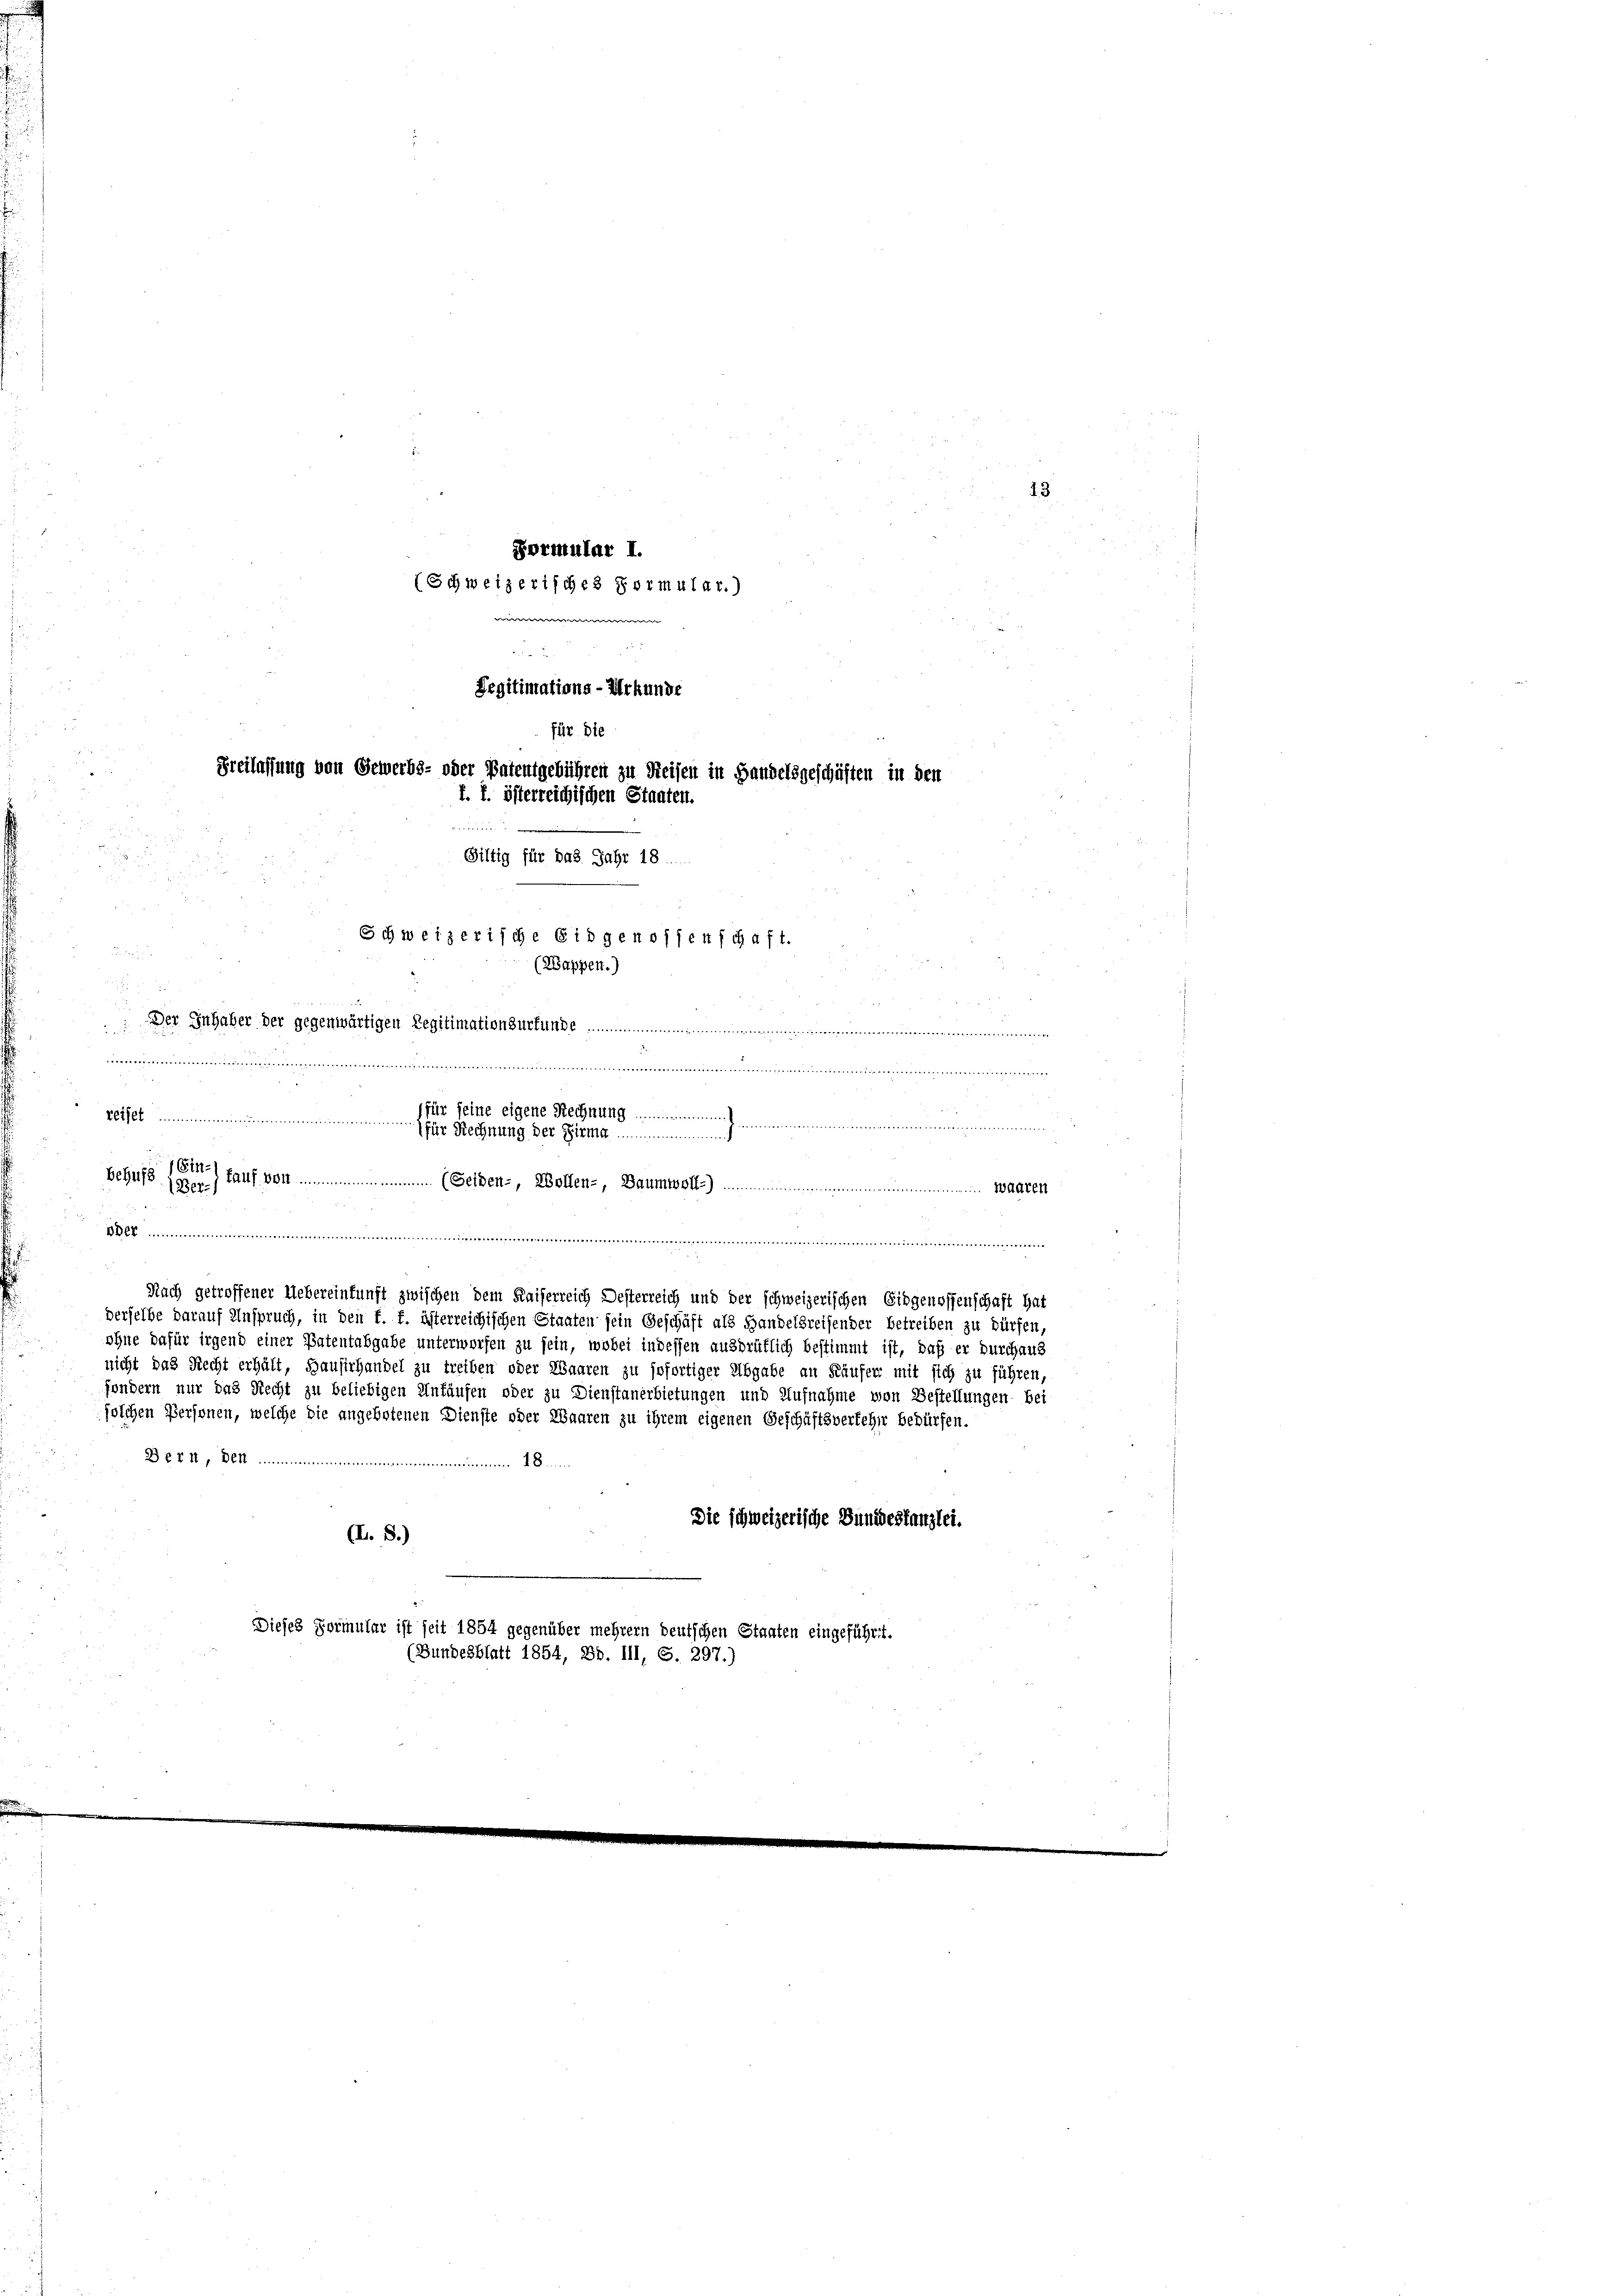
Formular I.
(Schweizerisches Formular.)

für die
Freilassung von Gewerbs- oder Patentgebühren zu Reisen in Handelsgeschäften in den
f. E. österreichischen Staaten.

Giltig für das Jahr 18
Schweizerische Eidgenossenschaft.
S
(Wappen.)

 Der Inhaber der gegenwärtigen Regitimationsurkunde .............
treitigen der einer erweis die in einen einen wäre eine
für seine eigene Rechnung
Veter Regung der
Behufs der auf von ....................... (Felden, Wollenz, Baumwolle ......................................... Waaren

Pegitimations-Urkunde

5

.

da er werde bei
Bas
SACC ..................................................................
dt e g t i n g t
Nach getroffener Uebereinkunft zwischen dem Kaiserreich Desterreich und der schweizerischen Eidgenossenschaft hat
derselbe darauf Anspruch, in den f. f. österreichischen Staaten sein Geschäft als Handelsreisender betreiben zu dürfen,
ohne dafür irgend einer Patentabgabe unterworfen zu sein, wobei indessen ausdrüklich bestimmt ist, daß er durchaus
nicht das Recht erhält, Hausirhandel zu treiben oder Waaren zu sofortiger Abgabe an Käufen mit sich zu führen,
sondern nur das Recht zu beliebigen Unfäufen oder zu Dienstanerbietungen und Aufnahme von Bestellungen bei
solchen Personen, welche die angebotenen Dienste oder Waaren zu ihrem eigenen Geschäftsverfehr bedürfen.
Bern, Demm.......................................................
Die schweizerische Bundestanzlei.
(II. S.)
Dieses Formular ist seit 1854 gegenüber mehrern deutschen Staaten eingeführt.
(Bundesblatt 1854, Bd. III, S. 297.)

23.

neben